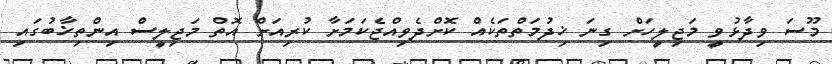
މޫސަ ވިދާޅުވީ މަޖިލީހަށް ގިނަ ޚިދުމަތްތަކެއް ކޮށްދެވިއްޖެކަމަށާ ކުރިއަށް އޮތް މަޖިލީސް އިންތިޚާބުގައި